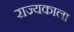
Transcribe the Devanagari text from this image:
राज्यकाला